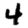
Digit: 4